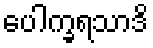
ပေါက္ခရသာဒိ